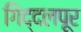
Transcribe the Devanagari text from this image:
गिद्दलपूर